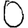
Digit: 0